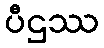
ပီဌဿ